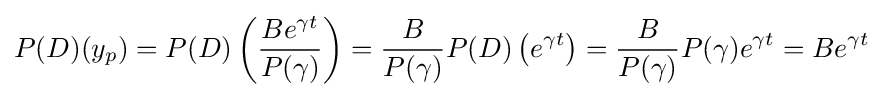
P(D)(y_{p})=P(D)\left({\frac {Be^{\gamma t}}{P(\gamma )}}\right)={\frac {B}{P(\gamma )}}P(D)\left(e^{\gamma t}\right)={\frac {B}{P(\gamma )}}P(\gamma )e^{\gamma t}=Be^{\gamma t}